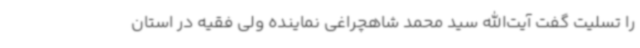
را تسلیت گفت آیت‌الله سید محمد شاهچراغی نماینده ولی فقیه در استان